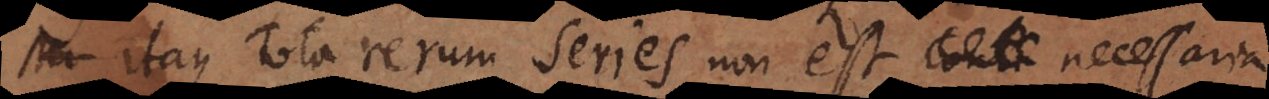
Itaque tota rerum Series non est necessaria